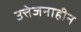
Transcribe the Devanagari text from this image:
उत्तेजनाहीन